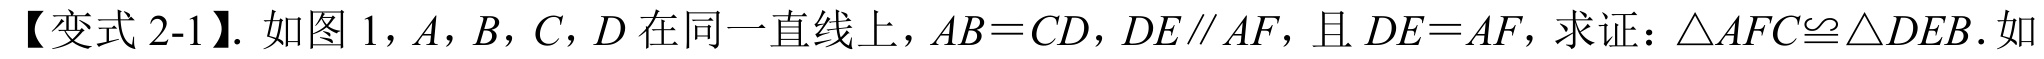
【变式 2-1】. 如图 1，\(A\)，\(B\)，\(C\)，\(D\) 在同一直线上，\(AB = CD\)，\(DE\parallel AF\)，且 \(DE = AF\)，求证：\(\triangle AFC\cong\triangle DEB\). 如